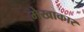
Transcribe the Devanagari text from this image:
मेखाकार